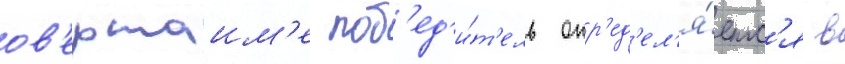
ов'ертаим'е поб'ед'и́т'ель опр'ед'ел'я́етс'я в